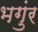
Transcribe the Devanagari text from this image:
भगुंर